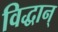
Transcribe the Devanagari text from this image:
विद्धान्‌